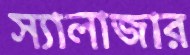
স্যালাজার